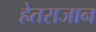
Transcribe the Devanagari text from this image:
हेतराजान